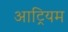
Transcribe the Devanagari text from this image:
आट्रियम